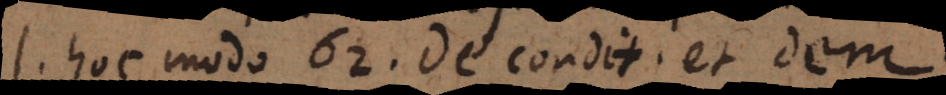
l. hoc modo 64. de condit. et dem.